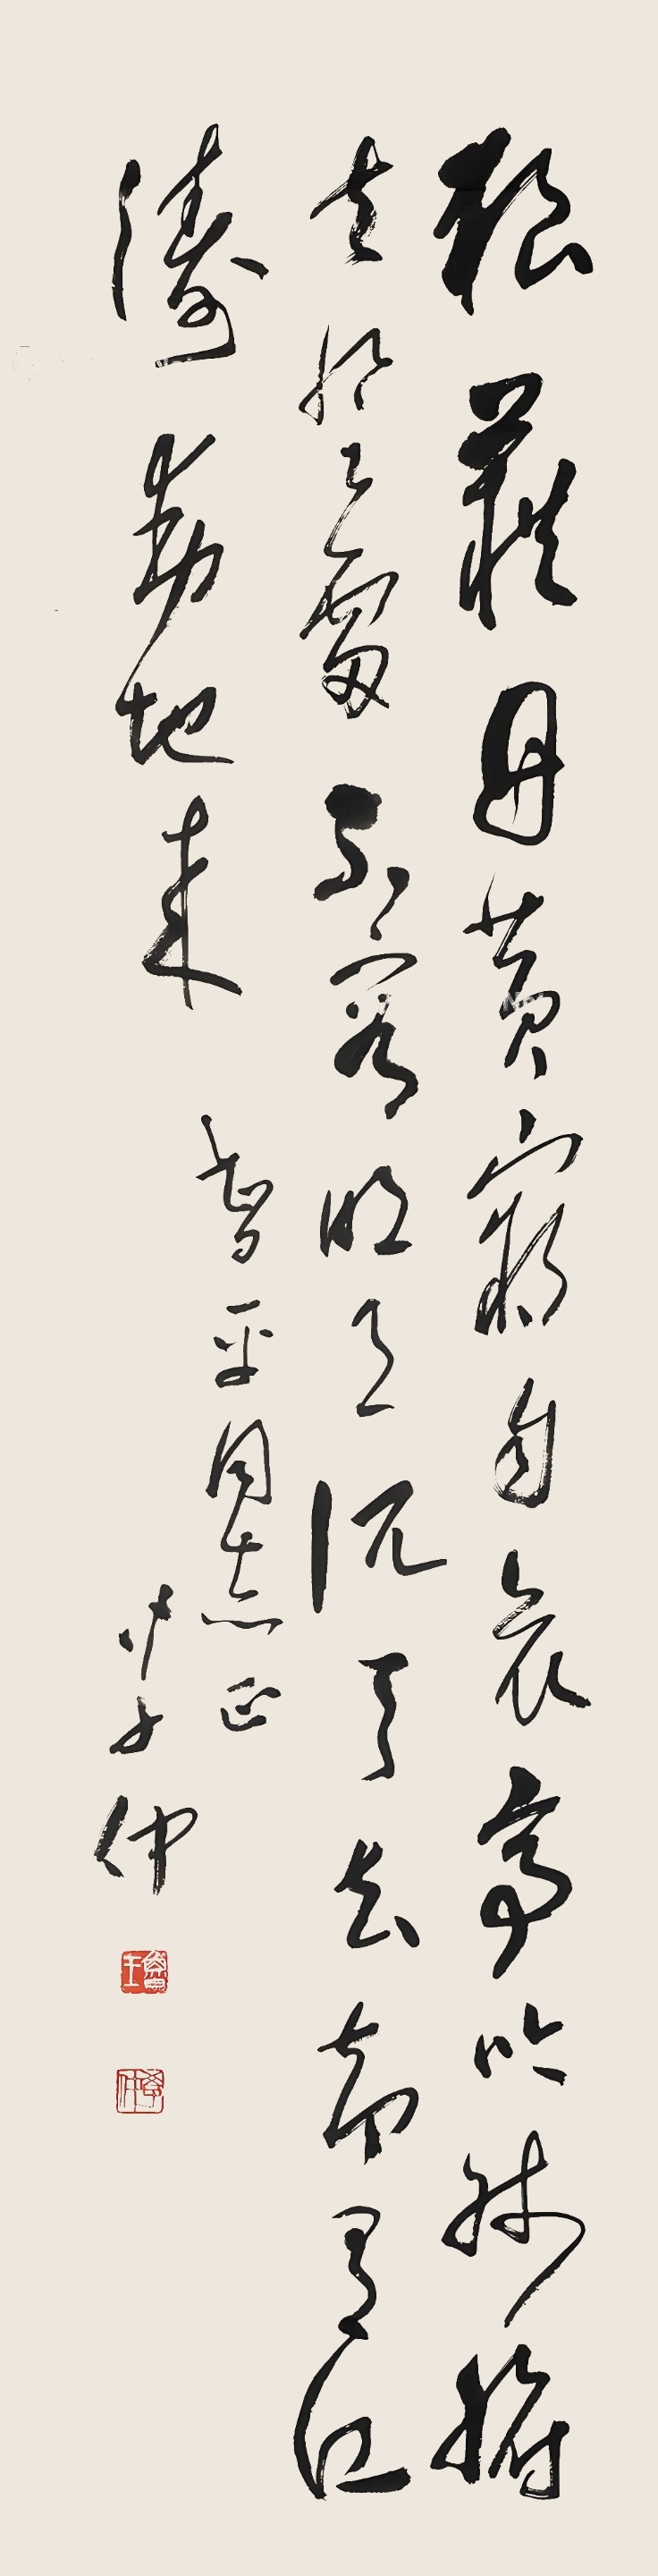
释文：狼籍丹黄窃自哀，高吟肺腑走风雷。不容明月沉天去，却有江涛动地来。智平同志正，学仲。